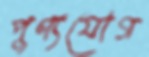
পুণ্যযোগ